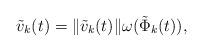
LaTeX: \begin{align*}\tilde v_k(t)=\|\tilde v_k(t)\|\omega(\tilde\Phi_k(t)),\end{align*}